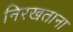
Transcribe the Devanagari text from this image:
निरखताना